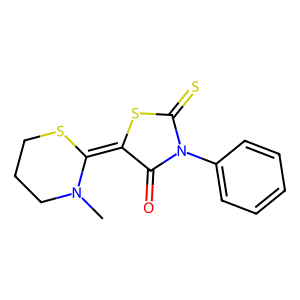
SMILES: CN1CCCSC1=C1SC(=S)N(c2ccccc2)C1=O
Inhibits HIV replication: No